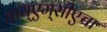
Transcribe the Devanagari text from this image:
वाय्‌एम्‌सीएचा